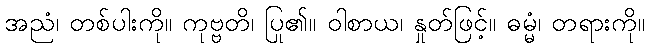
အညံ၊ တစ်ပါးကို။ ကုဗ္ဗတိ၊ ပြု၏။ ဝါစာယ၊ နှုတ်ဖြင့်။ ဓမ္မံ၊ တရားကို။